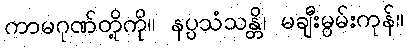
ကာမဂုဏ်တို့ကို။ နပ္ပသံသန္တိ၊ မချီးမွမ်းကုန်။